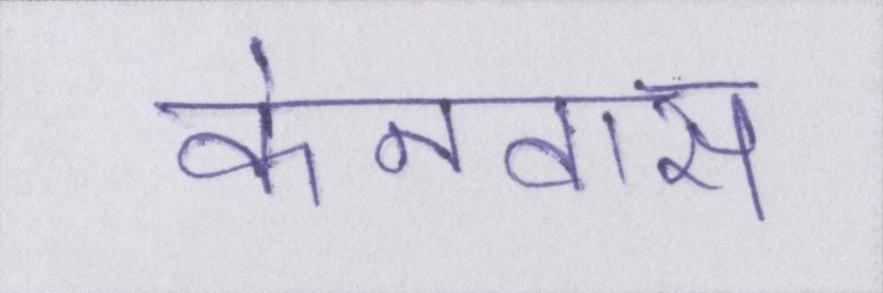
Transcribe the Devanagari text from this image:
केनवास